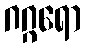
ဂဂ္ဂရော